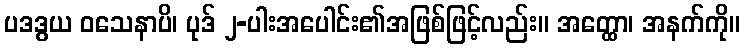
ပဒဒွယ ဝသေနာပိ၊ ပုဒ် ၂-ပါးအပေါင်း၏အဖြစ်ဖြင့်လည်း။ အတ္ထော၊ အနက်ကို။